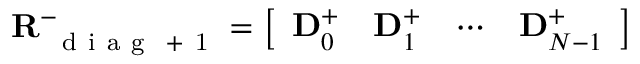
\mathbf { R } _ { \mathrm { ~ { ~ d ~ i ~ a ~ g ~ } ~ + ~ 1 ~ } } ^ { - } = \left[ \begin{array} { l l l l } { \mathbf { D } _ { 0 } ^ { + } } & { \mathbf { D } _ { 1 } ^ { + } } & { \cdots } & { \mathbf { D } _ { N - 1 } ^ { + } } \end{array} \right]